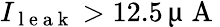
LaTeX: I_{\mathrm{~l~e~a~k~}}>12.5\, \upmu\mathrm{~A~}